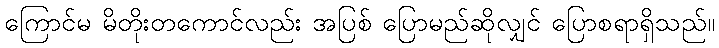
ကြောင်မ မိတိုးတကောင်လည်း အပြစ် ပြောမည်ဆိုလျှင် ပြောစရာရှိသည်။